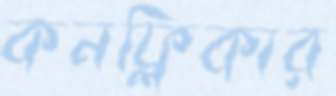
কনফ্লিকার